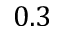
0 . 3